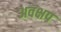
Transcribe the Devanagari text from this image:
अवक्षप